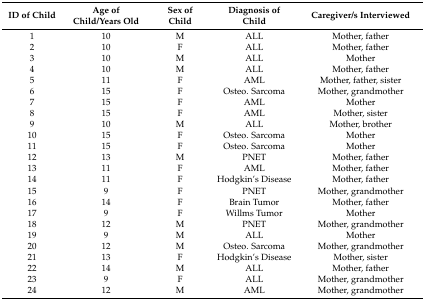
<table><thead><tr><td><b>ID of Child</b></td><td><b>Age of Child/Years Old</b></td><td><b>Sex of Child</b></td><td><b>Diagnosis of Child</b></td><td><b>Caregiver/s Interviewed</b></td></tr></thead><tbody><tr><td>1</td><td>10</td><td>M</td><td>ALL</td><td>Mother, father</td></tr><tr><td>2</td><td>10</td><td>F</td><td>ALL</td><td>Mother, father</td></tr><tr><td>3</td><td>10</td><td>M</td><td>ALL</td><td>Mother</td></tr><tr><td>4</td><td>10</td><td>M</td><td>ALL</td><td>Mother, father</td></tr><tr><td>5</td><td>11</td><td>F</td><td>AML</td><td>Mother, father, sister</td></tr><tr><td>6</td><td>15</td><td>F</td><td>Osteo. Sarcoma</td><td>Mother, grandmother</td></tr><tr><td>7</td><td>15</td><td>F</td><td>AML</td><td>Mother</td></tr><tr><td>8</td><td>15</td><td>F</td><td>AML</td><td>Mother, sister</td></tr><tr><td>9</td><td>10</td><td>M</td><td>ALL</td><td>Mother, brother</td></tr><tr><td>10</td><td>15</td><td>F</td><td>Osteo. Sarcoma</td><td>Mother</td></tr><tr><td>11</td><td>15</td><td>F</td><td>Osteo. Sarcoma</td><td>Mother </td></tr><tr><td>12</td><td>13</td><td>M</td><td>PNET</td><td>Mother, father</td></tr><tr><td>13</td><td>11</td><td>F</td><td>AML</td><td>Mother, father</td></tr><tr><td>14</td><td>11</td><td>F</td><td>Hodgkin’s Disease</td><td>Mother, father</td></tr><tr><td>15</td><td>9</td><td>F</td><td>PNET</td><td>Mother, grandmother</td></tr><tr><td>16</td><td>14</td><td>F</td><td>Brain Tumor</td><td>Mother, father</td></tr><tr><td>17</td><td>9</td><td>F</td><td>Willms Tumor</td><td>Mother</td></tr><tr><td>18</td><td>12</td><td>M</td><td>PNET</td><td>Mother, grandmother</td></tr><tr><td>19</td><td>9</td><td>M</td><td>ALL</td><td>Mother</td></tr><tr><td>20</td><td>12</td><td>M</td><td>Osteo. Sarcoma</td><td>Mother, grandmother</td></tr><tr><td>21</td><td>13</td><td>F</td><td>Hodgkin’s Disease</td><td>Mother, sister</td></tr><tr><td>22</td><td>14</td><td>M</td><td>ALL</td><td>Mother, father</td></tr><tr><td>23</td><td>9</td><td>F</td><td>ALL</td><td>Mother, grandmother</td></tr><tr><td>24</td><td>12</td><td>M</td><td>AML</td><td>Mother, grandmother</td></tr></tbody></table>